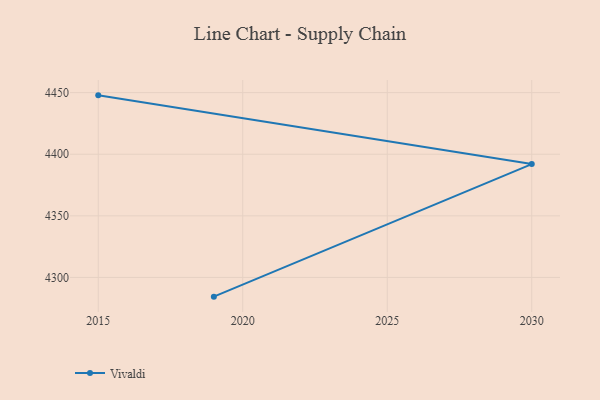
{"axis": {"x": "Year", "y": "Bounce Rate (%)"}, "legend": ["Vivaldi"], "data": [{"x": "2019", "y": 4284.4, "type": "Vivaldi"}, {"x": "2030", "y": 4392.0, "type": "Vivaldi"}, {"x": "2015", "y": 4447.8, "type": "Vivaldi"}]}